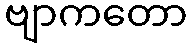
ဗျာကတော